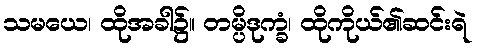
သမယေ၊ ထိုအခါ၌။ တမ္ပိဒုက္ခံ၊ ထိုကိုယ်၏ဆင်းရဲ